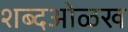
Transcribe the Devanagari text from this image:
शब्दओळख